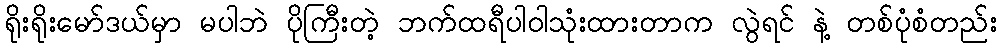
ရိုးရိုးမော်ဒယ်မှာ မပါဘဲ ပိုကြီးတဲ့ ဘက်ထရီပါဝါသုံးထားတာက လွဲရင် နဲ့ တစ်ပုံစံတည်း